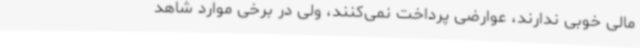
مالی خوبی ندارند، عوارضی پرداخت نمی‌کنند، ولی در برخی موارد شاهد